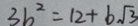
3 b ^ { 2 } = 1 2 + 6 \sqrt { 3 }